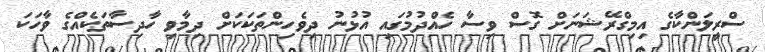
ސްރީލަންކާގެ އިމިގްރޭޝަނަށް ގޮސް ވިސާ ހެއްދުމުގައި އުޅުނު ދިވެހިންތަކަކަށް ދިމާވި ހާދިސާތަކެއްގެ ވާހަކަ